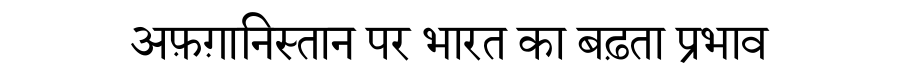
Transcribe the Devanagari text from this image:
अफ़ग़ानिस्तान पर भारत का बढ़ता प्रभाव